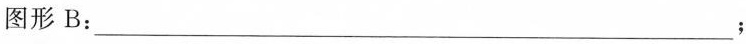
图形B：___；